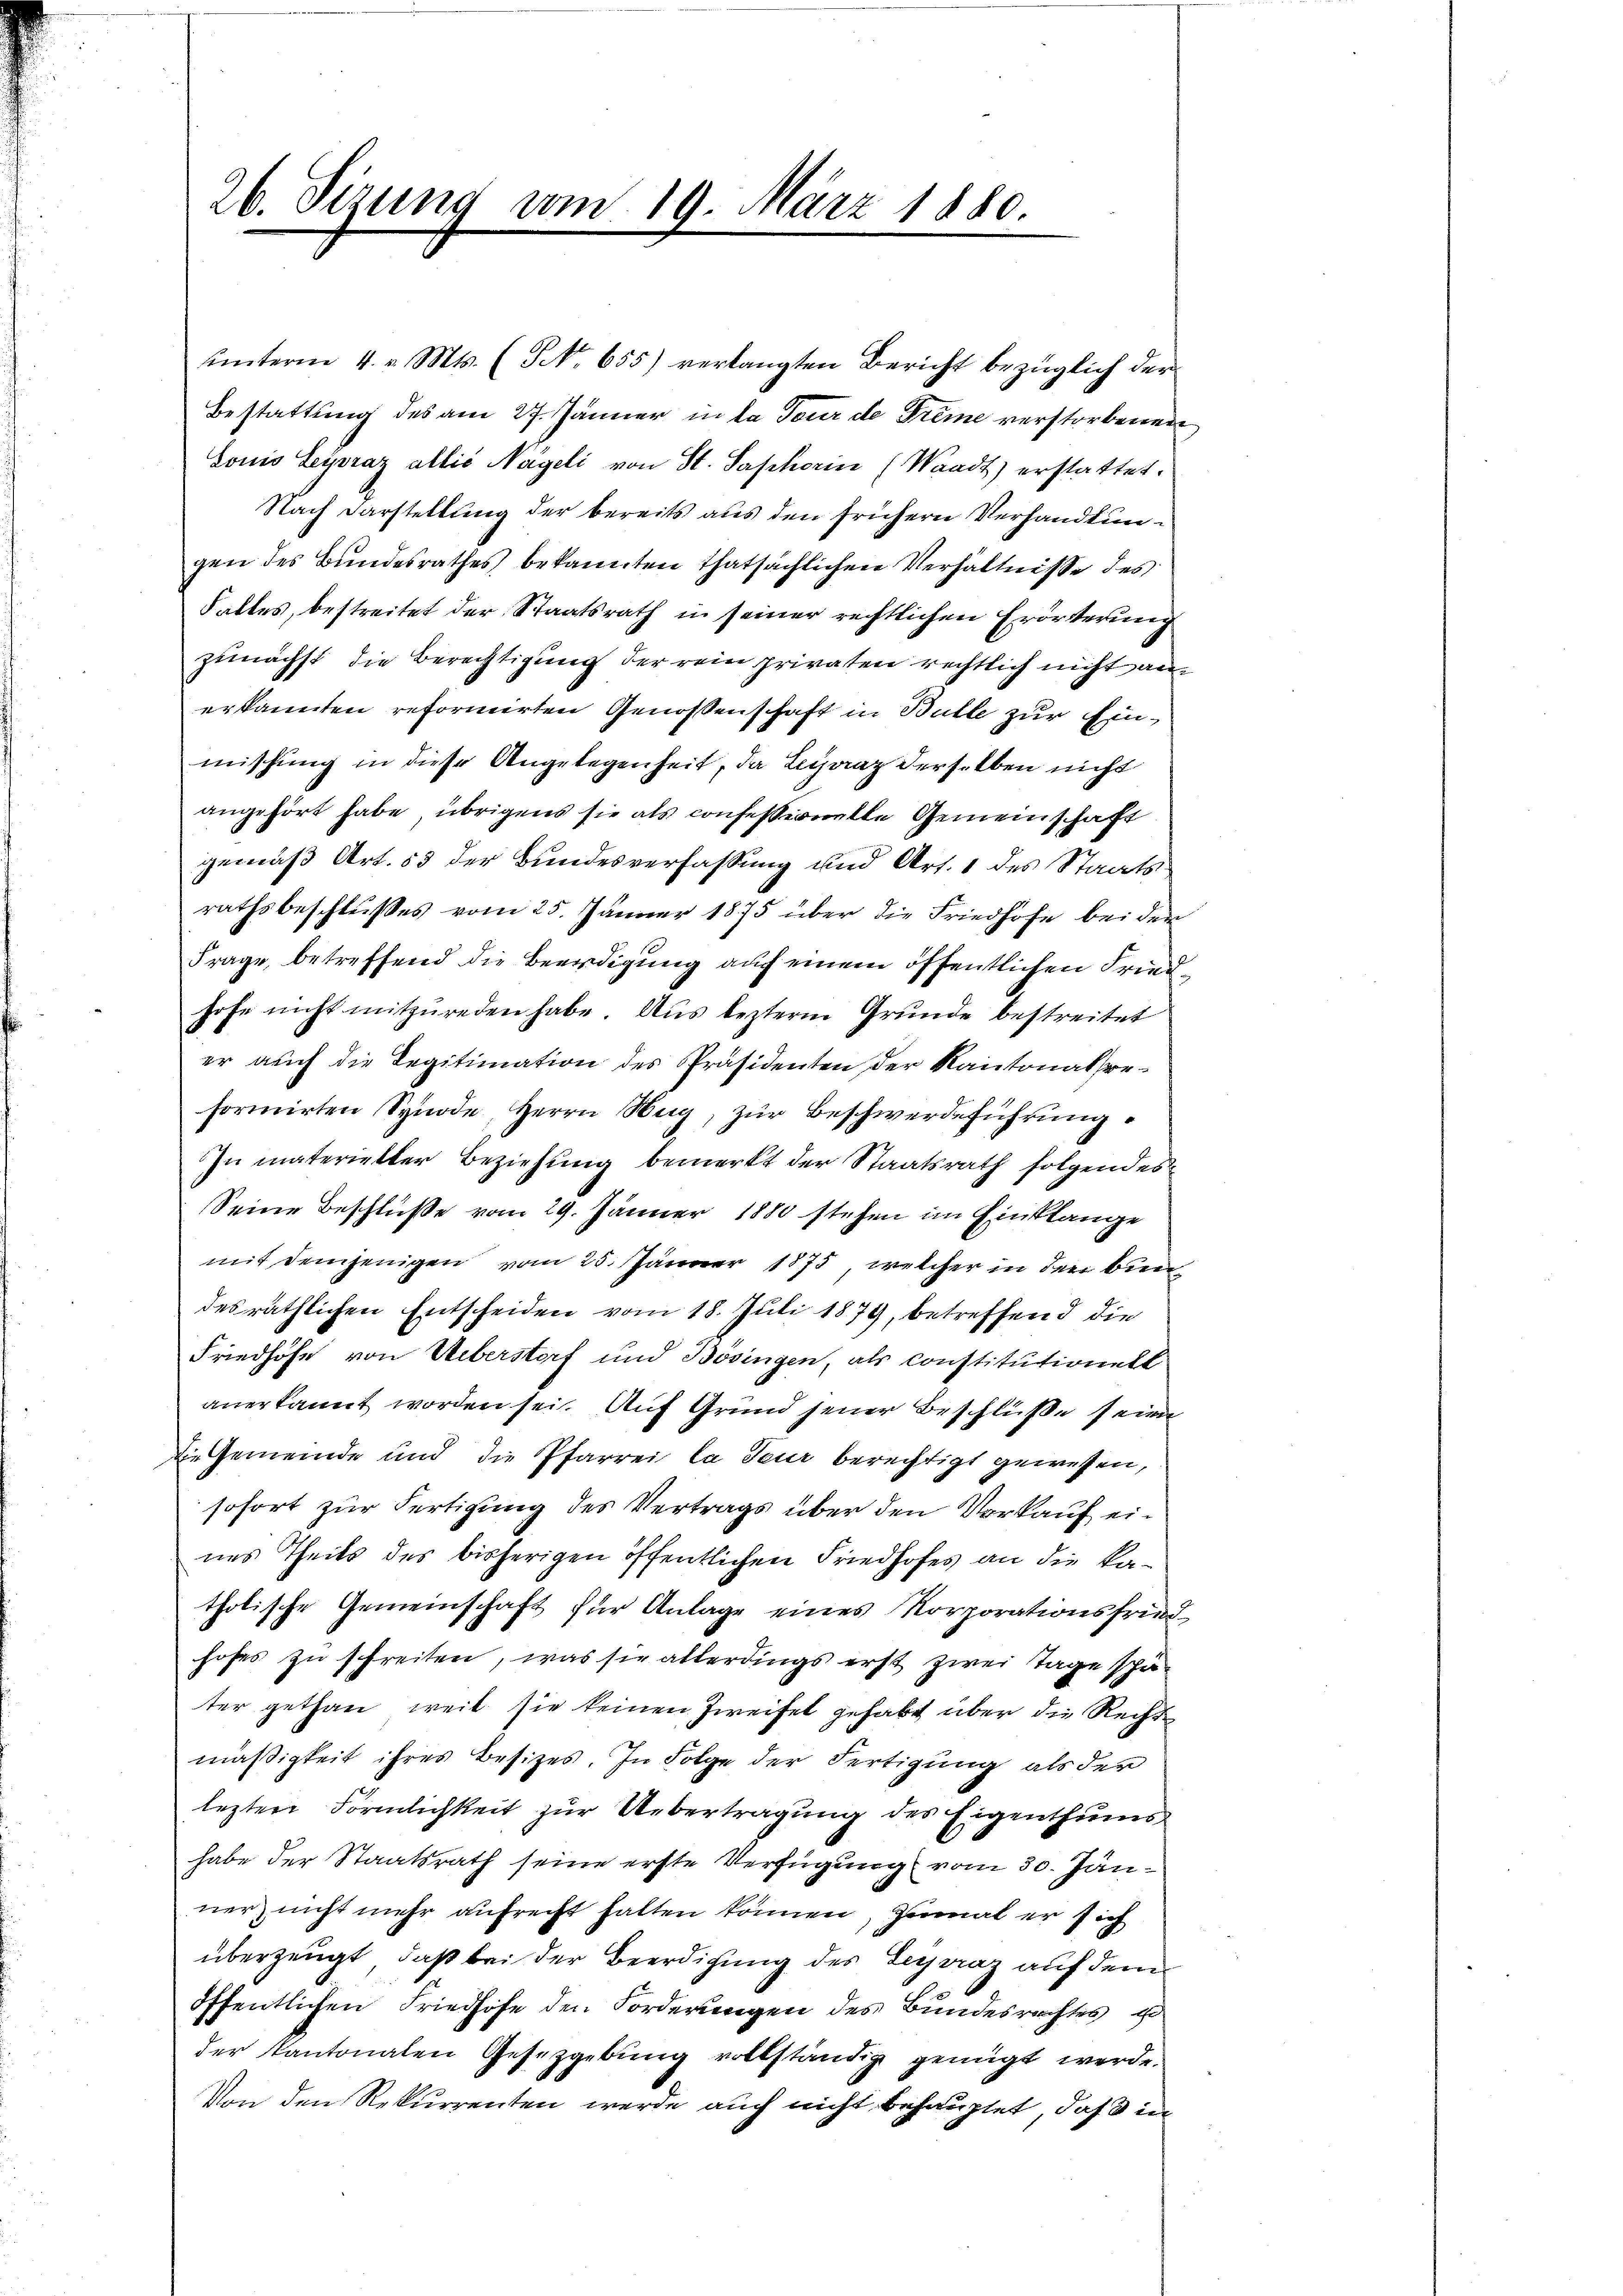
26. Sizung vom 19. März 1880.

er auch die Legitimation des Präsidenten der Kantonalseformirten Synode, Herrn Hug, zŭr Beschwerdeführung
In materietter Beziehung bemerkt der Staatsrath folgendes
Seine Beschluße vom 29. Jänner 1880 stehen im Einklange
mit demjenigen vom 25. Jänner 1875, welcher in den bin
des räthlichen Entscheiden vom 18. Juli 1874, betreffend die
Friedhöfe von Ueberstorf und Bösingen, als constitutionett
anerkannt worden sei. Auf Grund jener Beschlüße seien
Die Gemeinde und die Pfarrei la Teur berechtigt gewessen,
sofort zur Fertigung des Vertrags über den Vorkauf eines Theils des bisherigen öffentlichen Friedhofes an die Katholische Gemeinschaft für Anlage eines Korporationsfriedhofes zu schreiten, was sie allerdings erst zwei Tage schäter gethan, weil sie keinen Zweifel gehabt über die Rechts
mäßigkeit ihres Besitzes. In Folge der Fertigung als der
lezten Förmlichkeit zur Uebertragung des Eigenthums
habe der Staatsrath seine erste Verfügung vom 30. Jänner, nicht mehr aufrecht halten können, zumal er sich
überzeugt, daß bei der Beerdigung des Legraz auf dem
öffentlichen Friedhöfe den Forderungen des Bundesrechtes u
der Kantonalen Gesetzgebung vollständig genügt werde.
Von den Rekurrenten werde auch nicht behauptet, daß in

ŭnterm 4. v. Mts. (NNo. 655) verlangten Bericht bezüglich der
Bestattung des am 27. Jänner in da Tour de Freme verstorbenen
bonis Liraz allis Nägeli von St. Saphorin (Waadt) erstattet.
Nach Darstellung der bereits aus den frühern Verhandlungen des Bundesrathes bekannten thatsächlichen Verhältnisse des
Falles, bestreitet der Staatsrath in seiner rechtlichen Erörterung
zunächst die Berechtigung der rein privaten rechtlich nicht anerkannten reformirten Genossenschaft in Bulle zur Einmischung in diese Angelegenheit, da Legaaz derselben nicht
angehört habe, übrigens sie als confessionelle Gemeinschaft
gemäß Art. 53 der Bundesverfassung und Art. 1 des Staatsrathsbeschlußes vom 25. Jänner 1875 über die Friedhofe bei der
Frage, betreffend die Beerdigung auf einem öffentlichen Friedhofe nicht mitzureden habe. Aus lezterm Grunde bestreitet